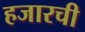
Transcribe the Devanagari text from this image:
हजारची